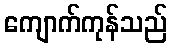
ကျောက်ကုန်သည်